Bombay plague: being a history of the progress of plague in the Bombay presidency from September 1896 to June 1899
Year: 1896
Disease focus: Plague
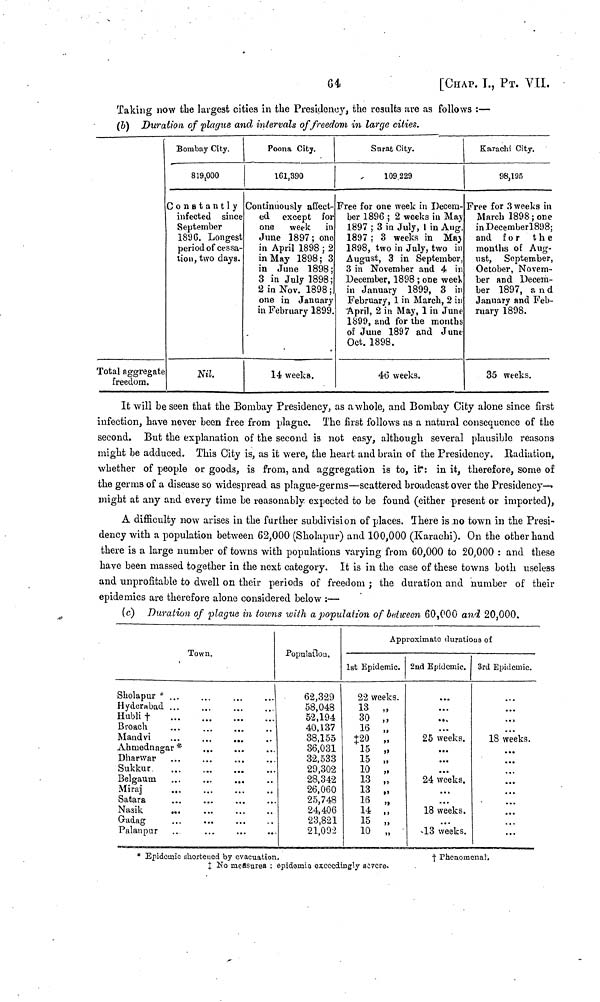
64
[CHAP. T., ΡT. VII.
Taking now the largest cities in the Presidency, the results are as follows :—
(b) Duration of plague and intervals of freedom in large cities.
Total aggregate
freedom.
Bombay City.
819,00
Constantly
infected since
September
1896. Longest
period of cessa-
tion, two days.
Nil.
Poona City.
161,390
Continuously affect-
ed except for
one
week in
June 1897 ; one
in April 1898 ; 2
in May 1898; 3
in June 1898 ;
3 in July 1898;
2 in Nov. 1898 ;
one in January
in February 1899.
-
14 weeks.
Surat City.
109,229
Free for one week in Decem-
ber 1896 ; 2 weeks in May
1897 ; 3 in July, 1 in Aug.
1897 ; 3 weeks in May
1898, two in July, two in
August, 3 in September,
3 in November and 4 in
December, 1898 ; one week
in January 1899, 3 in
February, 1 in March, 2 in
April, 2 in May, 1 in June
1899, and for the months
of June 1897 and June
Oct. 1898.
46 weeks.
Karachi City.
98,195
Free for 3 weeks in
March 1898; one
in December 1898;
and for
the
months of Aug-
ust, September,
October, Novem-
ber and Decem-
ber 1897, and
January and Feb-
ruary 1898.
35 weeks.
It will be seen that the Bombay Presidency, as a whole, and Bombay City alone since first
infection, have never been free from plague. The first follows as a natural consequence of the
second. But the explanation of the second is not easy, although several plausible reasons
might be adduced. This City is, as it were, the heart and brain of the Presidency. Radiation,
whether of people or goods, is from, and aggregation is to, it: in it, therefore, some of
the germs of a disease so widespread as plague-germs—scattered broadcast over the Presidency—
might at any and every time be reasonably, expected to be found (either present or imported),
A difficulty now arises in the further subdivision of places. There is ,no town in the Presi-
dency with a population between 62,000 (Sholapur) and 100,000 (Karachi). On the other hand
there is a large number of towns with populations varying from 60,000 to 20,000 : and these
have been massed together in the next category. It is in the case of these towns both useless
and unprofitable to dwell on their periods of freedom ; the duration and number of their
epidemics are therefore alone considered below :—
(c) Duration of plague in towns with a population of between 60,000 and 20,000.
Town.
Sholapur * ...
Hyderabad ...
Hubli †
Broach
Mandvi
Ahmednagar *
Dharwar
Sukkur
Belgauua
Miraj
...
Nasik
...
Gadag
Palanpur
Approximate durations of
Population.
62,329
58,048
52,194
40,137
38,155
36,031
32,533
29,302
28,342
26,060
25,748
24,406
23,821
21,092
1st Epidemic.
22 weeks.
13 „
30 „
16 ,
20
,
15 ,
15 ,
10 ,
13 „
13 ,
16
,
14 ,,
15 ,
10
,
2nd Epidemic.
...
...
...
25 weeks.
··· ...
...
24 weeks.
...
...
18 weeks.
...
13 weeks.
3rd Epidemic.
18 weeks.
...
* ··
* * ·
··«
* · ·
» * »
...
...
* Epidemic shortened by
evacuation.
†
Phenomenal.
‡ No measures : epidemia exceedingly severe.